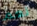
نعم